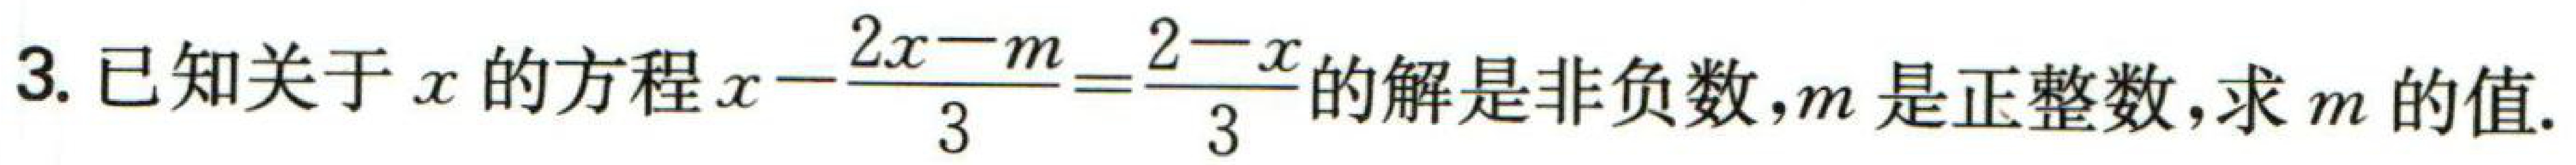
3. 已知关于$x$的方程$x-\dfrac{2x - m}{3}=\dfrac{2 - x}{3}$的解是非负数，$m$是正整数，求$m$的值.